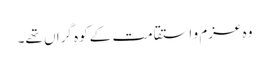
وہ عزم و استقامت کے کوہِ گراں تھے۔